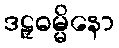
ဒဠှဓမ္မိနော